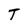
Character: T